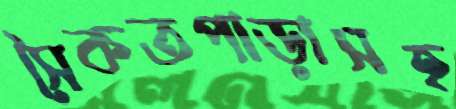
সৈকতপাড়াসহ